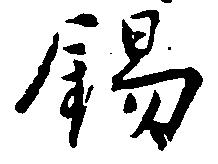
錫